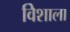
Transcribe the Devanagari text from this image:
विेशाला